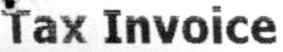
TAX INVOICE